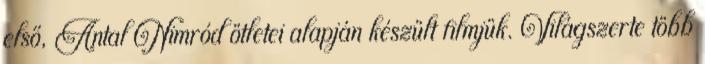
első, Antal Nimród ötletei alapján készült filmjük. Világszerte több